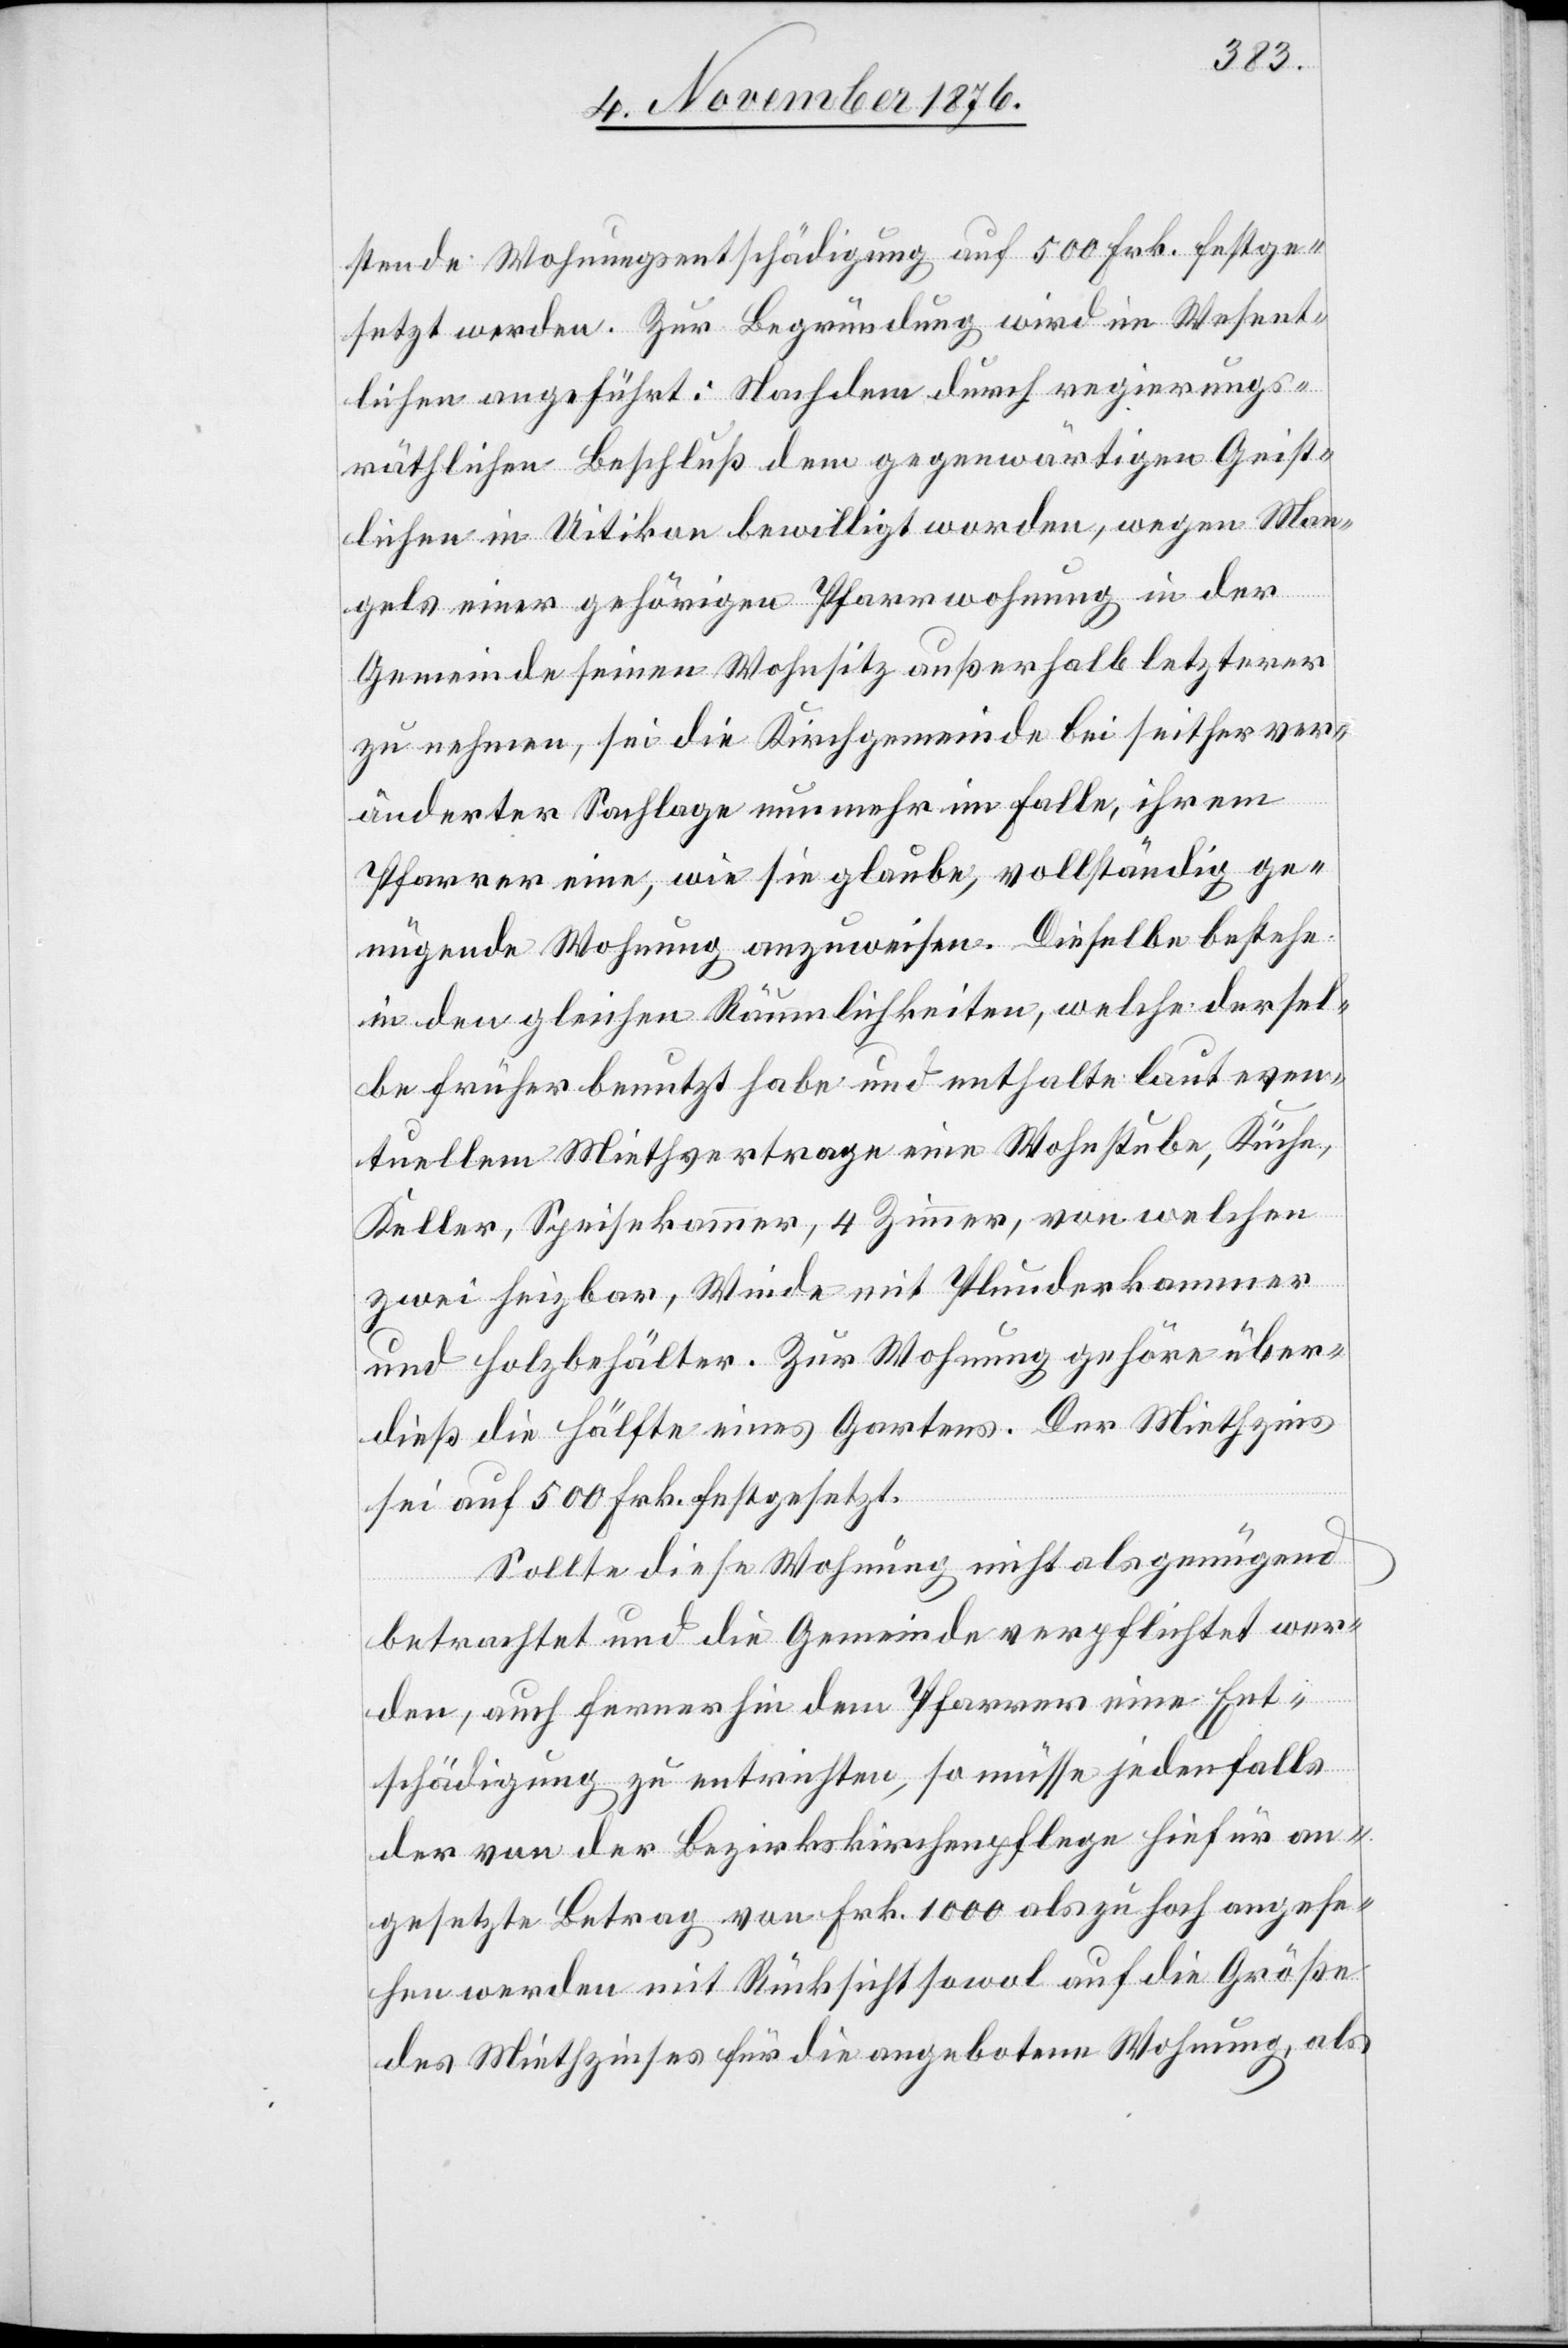
stende Wohnungsentschädigung auf 500 Frk. festge¬
setzt werden. Zur Begründung wird im Wesent¬
lichen angeführt: Nachdem durch regierungs¬
räthlichen Beschluß dem gegenwärtigen Geist¬
lichen in Uitikon bewilligt worden, wegen Man¬
gels einer gehörigen Pfarrwohnung in der
Gemeinde seinen Wohnsitz außerhalb letzterer
zu nehmen, sei die Kirchgemeinde bei seither ver¬
änderter Sachlage nunmehr im Falle, ihrem
Pfarrer eine, wie sie glaube, vollständig ge¬
nügende Wohnung anzuweisen. Dieselbe bestehe
in den gleichen Räumlichkeiten, welche der sel¬
be früher benutzt habe und enthalte laut even¬
tuellem Miethvertrage eine Wohnstube, Küche,
Keller, Speisekammer, 4 Zimmer, von welchen
zwei heizbar, Winde mit Plunderkammer
und Holzbehälter. Zur Wohnung gehöre über¬
dieß die Hälfte eines Gartens. Der Miethzins
sei auf 500 Frk. festgesetzt.
Sollte diese Wohnung nicht als genügend
betrachtet und die Gemeinde verpflichtet wer¬
den, auch fernerhin dem Pfarrer eine Ent¬
schädigung so entrichten, so müsse jedenfalls
der von der Bezirkskirchenpflege hiefür an¬
gesetzte Betrag von Frk. 1000 als zu hoch angese¬
hen werden mit Rücksicht sowol auf die Größe
des Miethzinses für die angebotene Wohnung, als